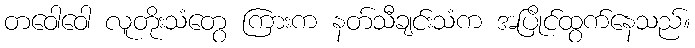
တဝေါဝေါ လူတိုးသံတွေ ကြားက နတ်သီချင်းသံက အပြိုင်ထွက်နေသည်။